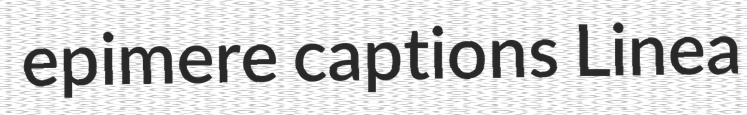
epimere captions Linea